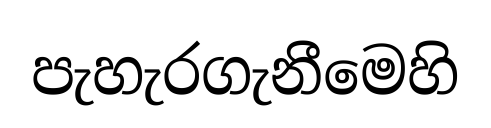
පැහැරගැනීමෙහි